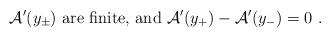
LaTeX: \begin{align*} {\cal A}^\prime(y_\pm)~{\mbox{are finite, and}}~{\cal A}^\prime(y_+)- {\cal A}^\prime(y_-)=0~.\end{align*}